Medical and sanitary report of the native army of Madras for the year
Year: 1877
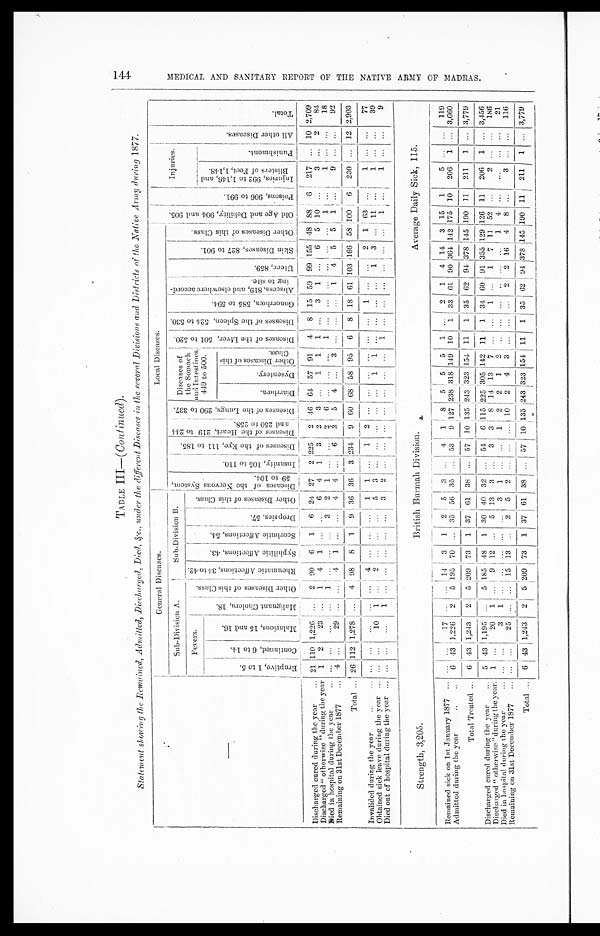
TABLE III—( Continued
).
Statement showing the Remained, Admitted, Discharged, Died, &c., under the different Diseases in the several Divisions and Districts of the Native Army during 1877.
—
General Diseases.
Local Diseases.
P o i s o n s , 9 0 6 t o 9 9 1 .
Injuries.
A l l o t h e r D i s e a s e s .
T o t a l .
Sub-Division A.
Sub-Division B.
D i s e a s e s o f t h e N e r v o u s S y s t e m , 5 9 t o 1 0 4 .
I n s a n i t y , 1 0 5 t o 1 1 0 .
D i s e a s e s o f t h e E y e , 1 1 1 t o 1 8 5 . D i s e a s e s o f t h e H e a r t , 2 1 9 t o 2 4 4 a n d 2 5 0 t o 2 5 8 .
D i s e a s e s o f t h e L u n g s , 2 9 0 t o 3 3 7 .
Diseases of
the Stomach
and Intestines,
449 to 500.
D i s e a s e s o f t h e L i v e r , 5 0 1 t o 5 2 0 .
D i s e a s e s o f t h e S p l e e n , 5 2 4 t o 5 3 0 .
G o n o r r h œ a , 5 8 5 t o 5 9 4 .
Ab s c e s s , 8 1 9 , a n d e l s e wh e r e a c c o r d - i n g t o s i t e .
U l c e r , 8 5 9 .
S k i n D i s e a s e s , 8 2 7 t o 9 0 1 .
O t h e r d i s e a s e s o f t h i s C l a s s .
O l d A g e a n d D e b i l i t y , 9 0 4 a n d 9 0 5 .
F e v e r s .
M a l i g n a n t C h o l e r a , 1 8 .
O t h e r D i s e a s e s o f t h i s C l a s s .
R h e u m a t i c A f f e c t i o n s , 3 4 t o 4 2 .
S y p h i l i t i c A f f e c t i o n s , 4 3 .
S c o r b u t i c A f f e c t i o n s , 5 4 .
D r o p s i e s , 5 7 .
O t h e r D i s e a s e s o f t h i s C l a s s .
E r u p t i v e , 1 t o 5 .
C o n t i n u e d , 6 t o 1 4 .
M a l a r i o u s , 1 5 a n d 1 6 .
I n j u r i e s , 9 9 2 t o 1 , 1 4 6 , a n d B l i s t e r s o f F e e t , 1 , 1 4 8 .
P u n i s h m e n t .
D i a r r h œ a .
D y s e n t e r y .
O t h e r D i s e a s e s o f t h i s C l a s s .
Discharged cured during the year . . .
21 110 1,226
. . .
2
90
6
1
6
24
27
2
2 2 5
2
46
64
57
91
4
8
15
59
99 155
48
88
6
217
. . .
10 2,709
Discharged "otherwise"during the year
1
2
23
. . .
1
4
1
. . .
. . .
6
4
1
3
2
3
. . .
1
1
1
. . .
3
1
. . .
6
5
10
. . .
3
. . . 2
84
Died in hospital during the year . . .
. . .
. . .
. . .
. . .
1
. . .
. . .
. . .
3
2
1
. . .
. . . 2
6
. . .
. . .
. . .
1
. . .
. . .
. . . . . .
. . .
. . .
1
. . .
1
. . .
. . .
18
Remaining on 31st December 1877 . . .
4
. . .
29
. . .
. . . 4
1
. . .
. . .
4
4
. . .
6
3 5
4
. . .
3
. . .
. . .
. . .
1
4
5
5
1
. . .
9
. . .
. . .
92
Total . . . 26 112 1,278
. . .
4
98
8
1
9
36
36
3 234
9
6 0
6 8 58
95
6
8
1 8
61 103
1 6 6 58
1 0 0
6
230
. . .
12 2,903
Invalided during the year . . .
. . .
. . .
. . .
. . .
. . .
4
. . .
. . .
. . .
1 1
. . .
1
2
. . .
. . . . . . . . .
. . .
. . .
1
. . .
. . .
2
1
6 3
. . .
1
. . .
. . .
77
Obtained sick leave during the year . . .
. . .
. . .
1 0
1
. . .
2
. . .
. . .
. . .
5 3
. . .
. . . . . .
. . .
. . . 1
1
. . .
. . .
. . .
. . .1
3
. . .
1 1
. . .
1
. . . . . .
39
Died out of hospital during the year . . .
. . .
. . .
. . .
1
. . .
. . .
. . .
. . .
. . .
3
2
. . .
. . .
. . .
. . .
. . .
. . .
. . .
1
. . .
. . .
. . .
. . .
. . .
. . .
1
. . .
1
. . .. . .
9
Strength, 3,205.
British Burmah Division.
Average Daily Sick, 115.
Remained sick on 1st January 1877 . . .
. . .
. . .
17
. . .
. . .
14
3
1
2
5
3
. . .
4
1
8
5
5
5
1
. . .
2
1
4
14
3
15
1
5
. . .
. . .
1 1 9
Admitted during the year . . .
6
43 1,226
2
5 195
70
. . .
35
56
35
. . .
53
9 127 238 31 8 149
1 0 1
33
61
90 364 142 175
10
206
1
. . .
3,660
Total Treated . . .
6
43 1,243
2
5 209
73
1
37
61
38
. . .
57
10 135 243
3 2 3
1 5 4
11
1
35
62
94 378 145
1 9 0 11
211
1
. . . 3,779
Discharged cured during the year . . .
5
43 1,195
. . .
5 185
48
1
30
40 32
. . .
54
6 115
225
3 0 5 142
11
1
34
60
91 355
1 2 9
126
11
206
1
. . .
3,456
Discharged "otherwise" during the year.
1
. . .
20
1
. . .
9
12
. . .
5
13
3
. . .
3
3
8 14
13
7 . . .
. . .
1
. . . 1
7
11
52
. . .
2
. . .
. . .
186
Died in hospital during the year . . .
. . .
. . .
3
1
. . . . . .
. . .
. . .
. . .
3
1
. . .
. . .
1 2 2
1
2
. . .
. . .
. . .
. . .
. . .
. . .
1
4
. . .
. . .
. . . . . .
2 1
Remaining on 31st December 1877 . . .
. . .
. . .
25
. . .
. . .
15
13
. . . 2
5
2
. . .
. . .
. . . 10
2
4
3
. . .
. . .
. . .
2
2
16
4
8
. . .
3
. . . . . .
116
Total . . .
6
43 1,243
2
5 209
73
1 37
6 1 38
. . .
57
10 135 243
3 2 3 154
11
1
35
62
94 378 145 190
11
211
1
. . .
3,779
M E D I C A L A N D S A N I T A R Y R E P O R T O F T H E N A T I V E A R M Y O F M A D R A S .